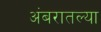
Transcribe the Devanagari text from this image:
अंबरातल्या